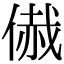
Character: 𠋰